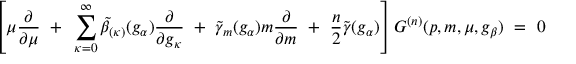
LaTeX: \left[ \mu \frac { \partial } { \partial \mu } ~ + ~ \sum _ { \kappa = 0 } ^ { \infty } \tilde { \beta } _ { ( \kappa ) } ( g _ { \alpha } ) \frac { \partial } { \partial g _ { \kappa } } ~ + ~ \tilde { \gamma } _ { m } ( g _ { \alpha } ) m \frac { \partial } { \partial m } ~ + ~ \frac { n } { 2 } \tilde { \gamma } ( g _ { \alpha } ) \right] G ^ { ( n ) } ( p , m , \mu , g _ { \beta } ) ~ = ~ 0